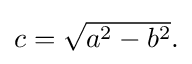
{\textstyle c={\sqrt {a^{2}-b^{2}}}.}